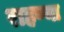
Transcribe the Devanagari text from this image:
राहण्या